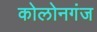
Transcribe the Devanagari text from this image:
कोलोनगंज